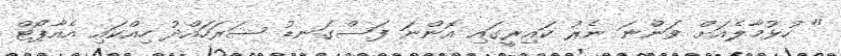
" ހުޅުމާލެއަށް ވަންނަ ނެރު ކައިރީގައި އޮންނަ ފަސްގަނޑު ސަރަހައްދު ހިއްކައި އެއާޕޯޓް